Leningradi_Edasi_toimetus, lk 92
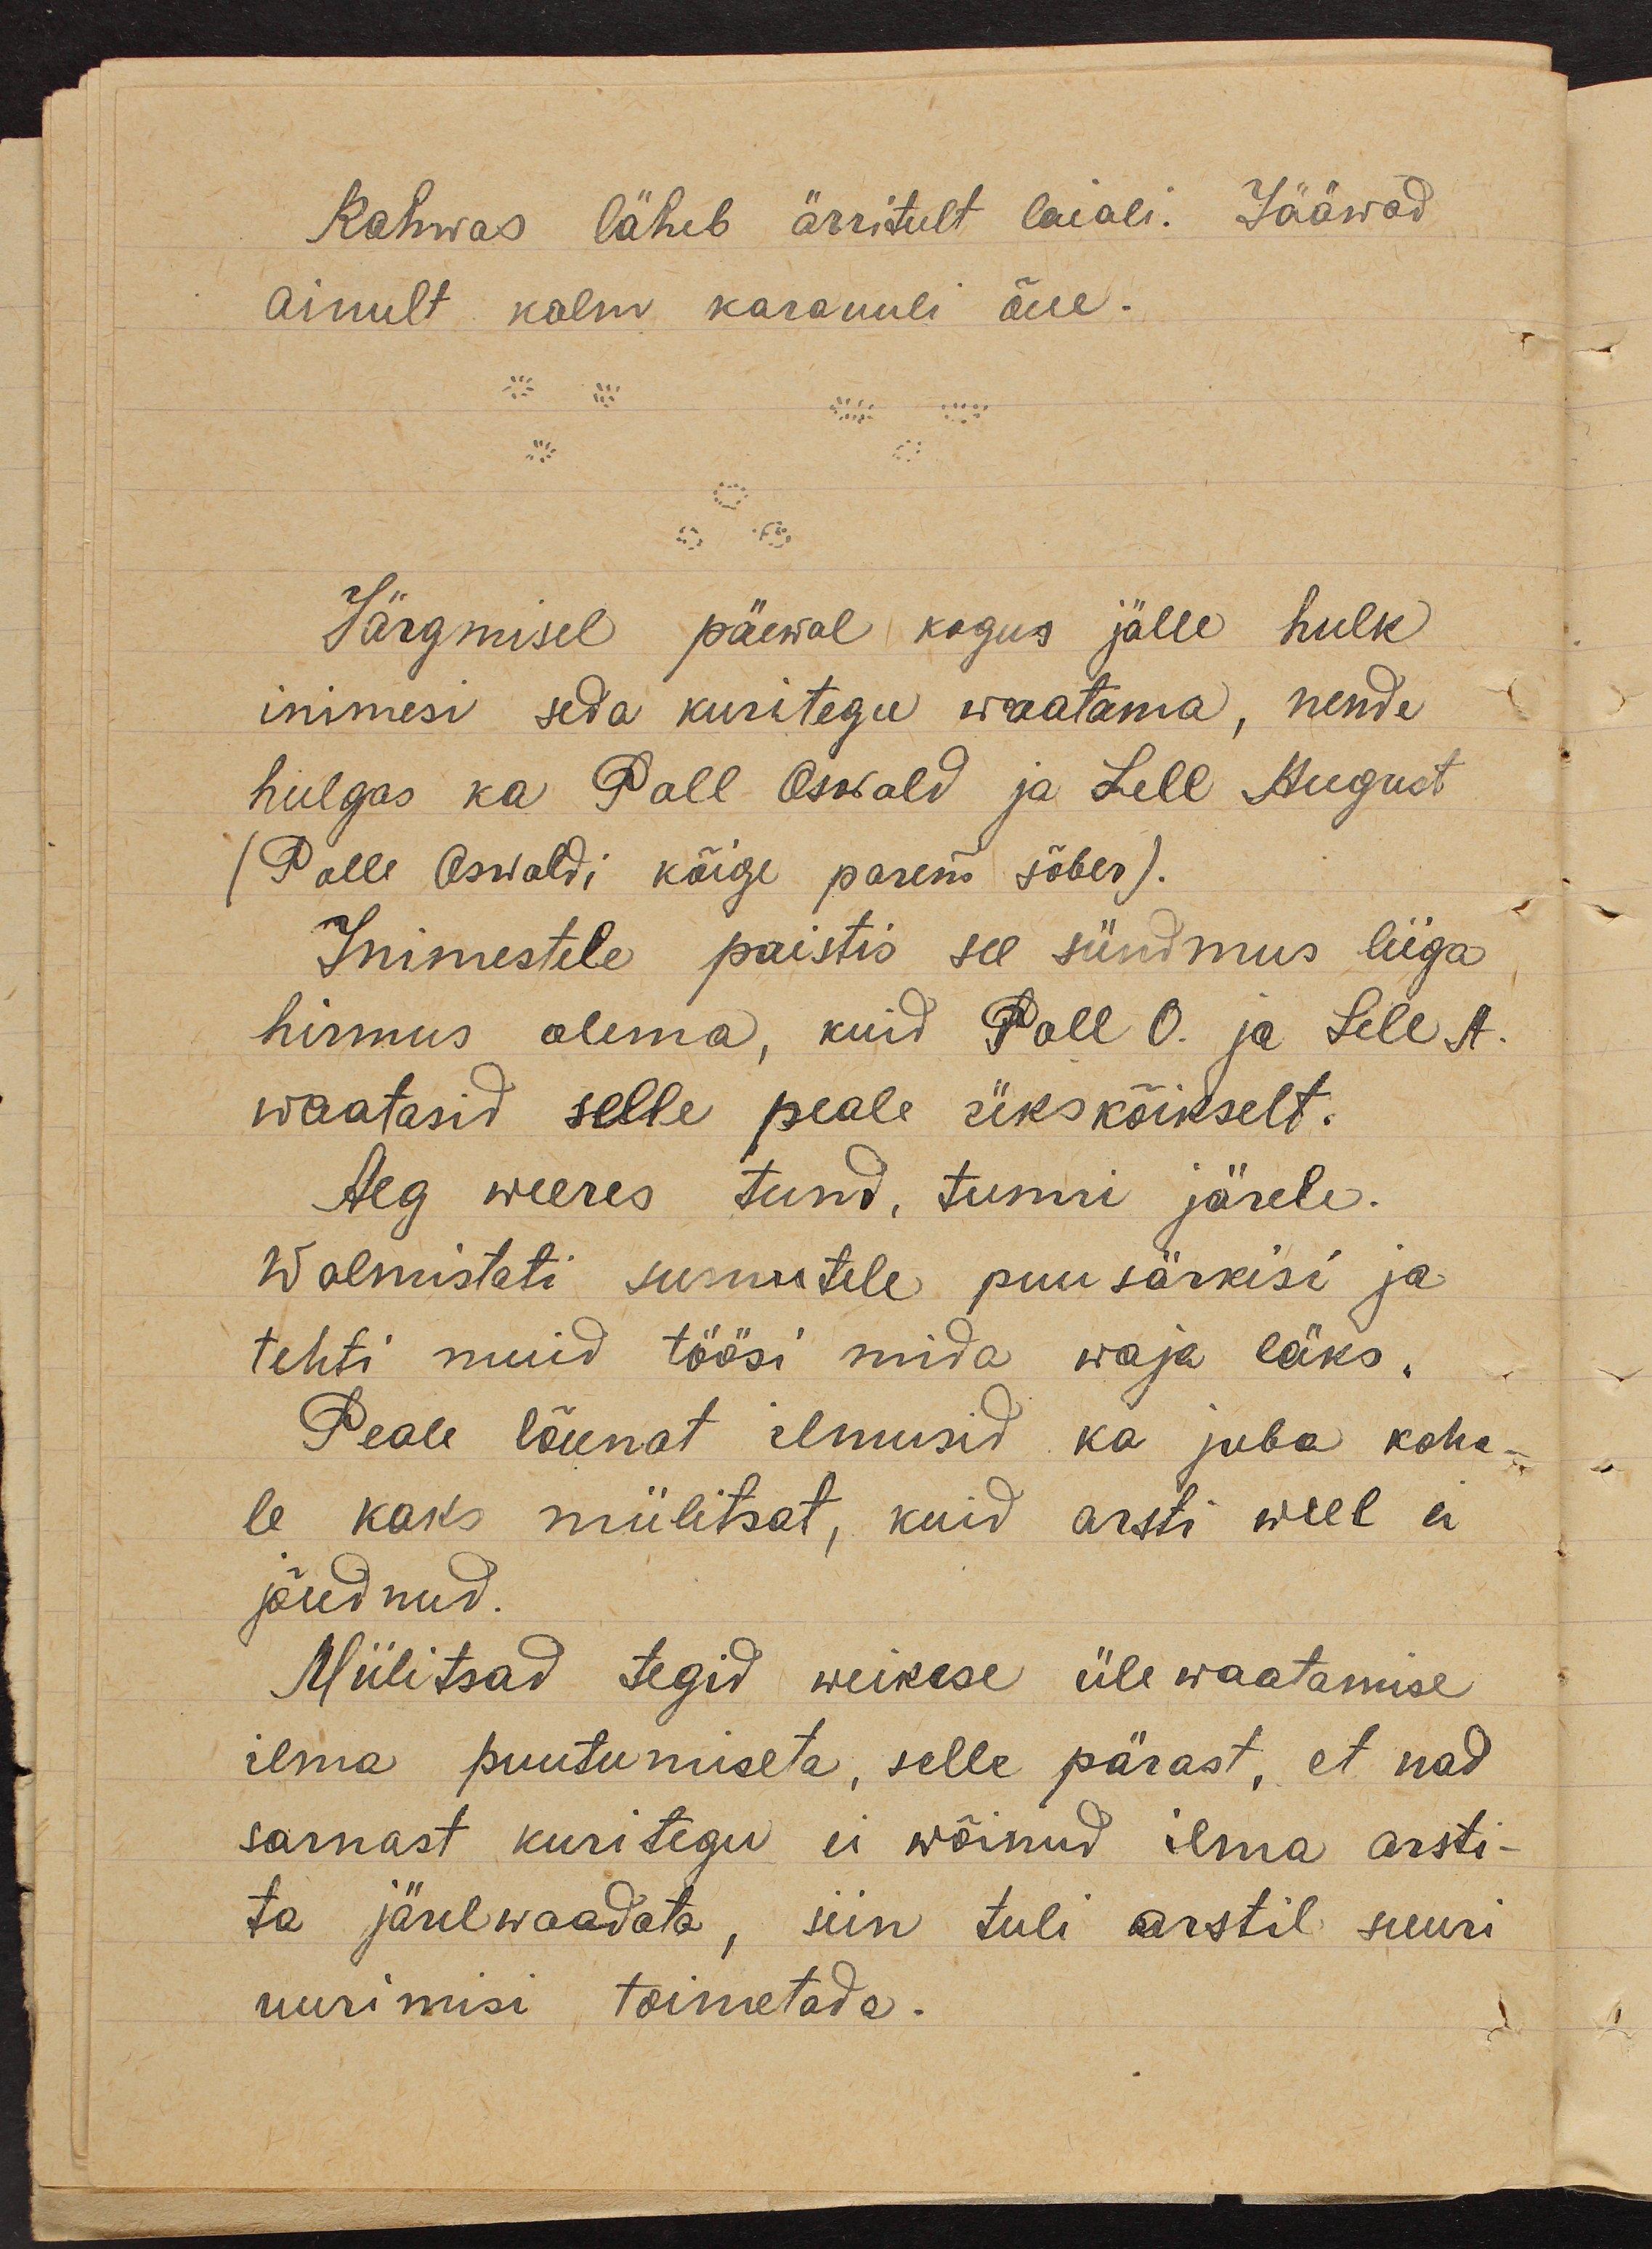
Rahwas läheb ärritult laiali. Jääwad
ainult kolm karauuli õue.
Järgmisel päewal kogus jälle hulk
inimesi seda kuritegu waatama, nende
hulgas ka Poll Oswald ja Lell August
(Polle Oswaldi kõige parem sõber).
Inimestele paistis see sündmus liiga
hirmus olema, kuid Poll O. ja Lell A.
waatasid selle peale ükskõikselt.
Aeg weeres tund, tunni järele.
Walmistati surnutele puusärkisi ja
tehti muid töösi mida waja läks.
Peale lõunat ilmusid ka juba koha-
le kaks miilitsat, kuid arsti weel ei
jõudnud.
Miilitsad tegid weikese üle waatamise
ilma puutumiseta, selle pärast, et nad
sarnast kuritegu ei wõinud ilma arsti-
ta järelwaadata, siin tuli arstil suuri
uurimisi toimetada.